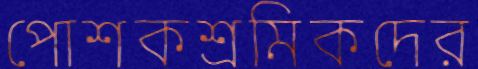
পোশকশ্রমিকদের